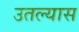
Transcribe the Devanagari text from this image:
उतल्यास